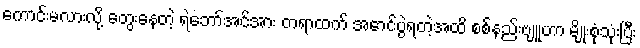
ကောင်းမလားလို့ တွေးနေတဲ့ ရဲဘော်အင်အား တရာထက် အောင်ပွဲရတဲ့အထိ စစ်နည်းဗျူဟာ မျိုးစုံသုံးပြီး